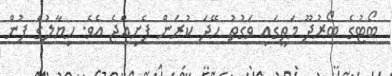
ބޯޓުގެ ބޯރުދޫ މަތީގައި ވަގުތު ހޭދަ ކުރަން ފެށިއްޖެ އެވެ. ހިޔާލުގެ ފުން